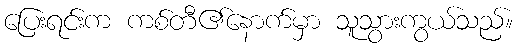
ပြေးရင်းက ကစ်တီ၏နောက်မှာ သူသွားကွယ်သည်။